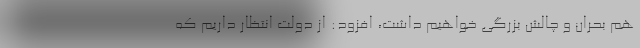
هم بحران و چالش بزرگی خواهیم داشت، افزود: از دولت انتظار داریم که